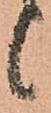
候